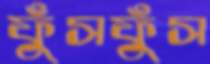
ফুঁসফুঁস